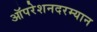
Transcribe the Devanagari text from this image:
ऑपरेशनदरम्यान